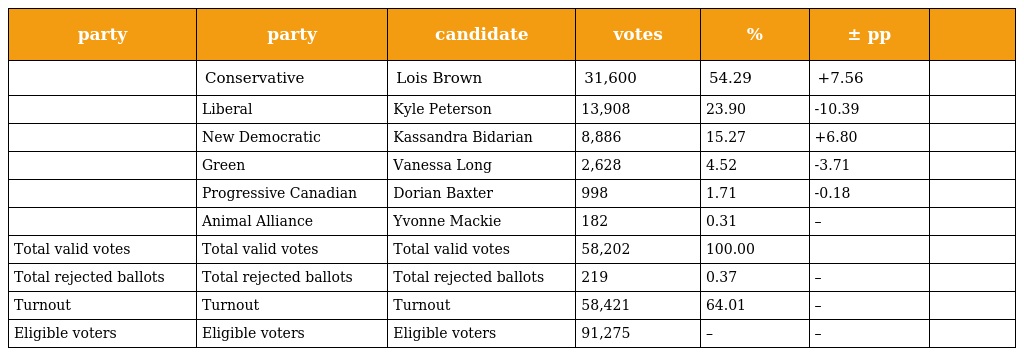
| party | party | candidate | votes | % | ± pp |  |
 | --- | --- | --- | --- | --- | --- | --- |
 |  | Conservative | Lois Brown | 31,600 | 54.29 | +7.56 |  |
 |  | Liberal | Kyle Peterson | 13,908 | 23.90 | -10.39 |  |
 |  | New Democratic | Kassandra Bidarian | 8,886 | 15.27 | +6.80 |  |
 |  | Green | Vanessa Long | 2,628 | 4.52 | -3.71 |  |
 |  | Progressive Canadian | Dorian Baxter | 998 | 1.71 | -0.18 |  |
 |  | Animal Alliance | Yvonne Mackie | 182 | 0.31 | – |  |
 | Total valid votes | Total valid votes | Total valid votes | 58,202 | 100.00 |  |  |
 | Total rejected ballots | Total rejected ballots | Total rejected ballots | 219 | 0.37 | – |  |
 | Turnout | Turnout | Turnout | 58,421 | 64.01 | – |  |
 | Eligible voters | Eligible voters | Eligible voters | 91,275 | – | – |  |